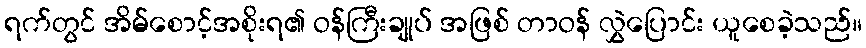
ရက်တွင် အိမ်စောင့်အစိုးရ၏ ဝန်ကြီးချုပ် အဖြစ် တာဝန် လွှဲပြောင်း ယူစေခဲ့သည်။